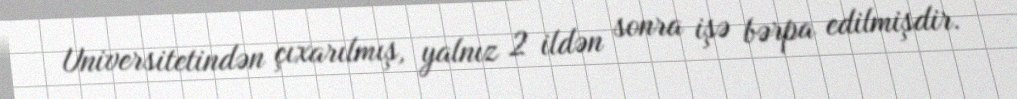
Universitetindən çıxarılmış, yalnız 2 ildən sonra işə bərpa edilmişdir.